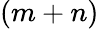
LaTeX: (m+n)